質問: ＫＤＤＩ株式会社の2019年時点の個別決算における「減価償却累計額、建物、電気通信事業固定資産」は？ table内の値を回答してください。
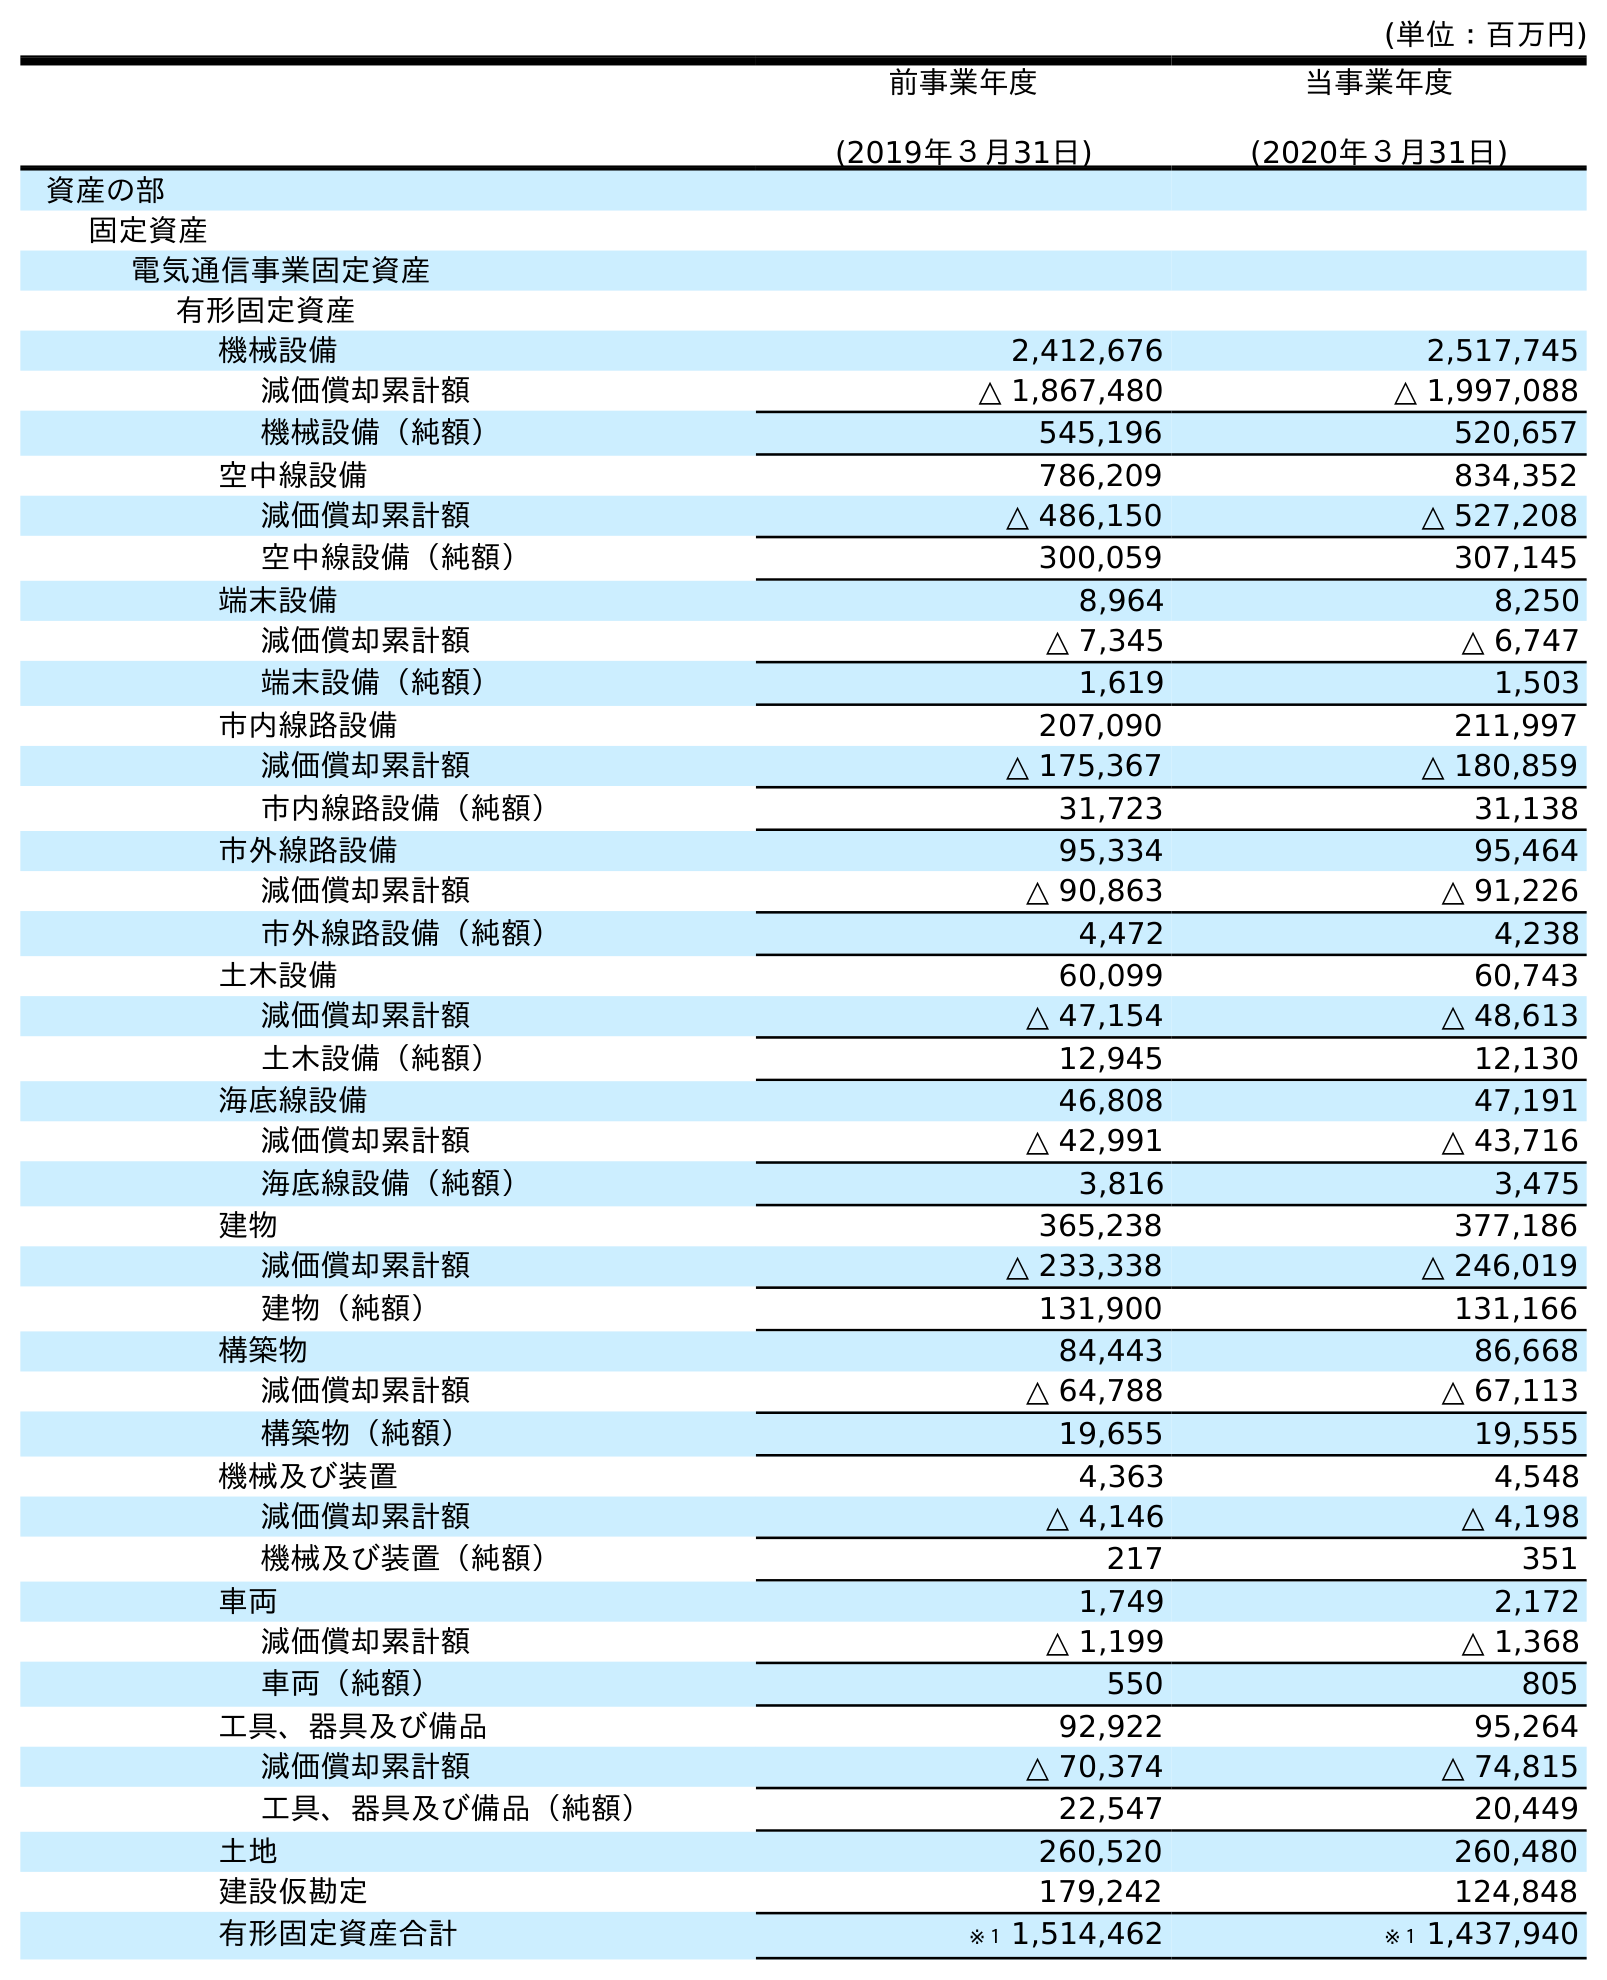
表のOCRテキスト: (単位：百万円) 前事業年度 (2019年３月31日) 当事業年度 (2020年３月31日) 資産の部 固定資産 電気通信事業固定資産 有形固定資産 機械設備 2,412,676 2,517,745 減価償却累計額 △ 1,867,480 △ 1,997,088 機械設備（純額） 545,196 520,657 空中線設備 786,209 834,352 減価償却累計額 △ 486,150 △ 527,208 空中線設備（純額） 300,059 307,145 端末設備 8,964 8,250 減価償却累計額 △ 7,345 △ 6,747 端末設備（純額） 1,619 1,503 市内線路設備 207,090 211,997 減価償却累計額 △ 175,367 △ 180,859 市内線路設備（純額） 31,723 31,138 市外線路設備 95,334 95,464 減価償却累計額 △ 90,863 △ 91,226 市外線路設備（純額） 4,472 4,238 土木設備 60,099 60,743 減価償却累計額 △ 47,154 △ 48,613 土木設備（純額） 12,945 12,130 海底線設備 46,808 47,191 減価償却累計額 △ 42,991 △ 43,716 海底線設備（純額） 3,816 3,475 建物 365,238 377,186 減価償却累計額 △ 233,338 △ 246,019 建物（純額） 131,900 131,166 構築物 84,443 86,668 減価償却累計額 △ 64,788 △ 67,113 構築物（純額） 19,655 19,555 機械及び装置 4,363 4,548 減価償却累計額 △ 4,146 △ 4,198 機械及び装置（純額） 217 351 車両 1,749 2,172 減価償却累計額 △ 1,199 △ 1,368 車両（純額） 550 805 工具、器具及び備品 92,922 95,264 減価償却累計額 △ 70,374 △ 74,815 工具、器具及び備品（純額） 22,547 20,449 土地 260,520 260,480 建設仮勘定 179,242 124,848 有形固定資産合計 ※１ 1,514,462 ※１ 1,437,940
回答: △233,338